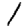
Digit: 1